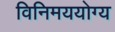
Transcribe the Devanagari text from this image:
विनिमययोग्य